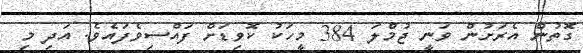
ގޮތުން އެރަށުން ވަނީ ޖުމްލަ 384 މީހަކު ކޮވިޑަށް ފައްސިވެފައެވެ. އަދި މި